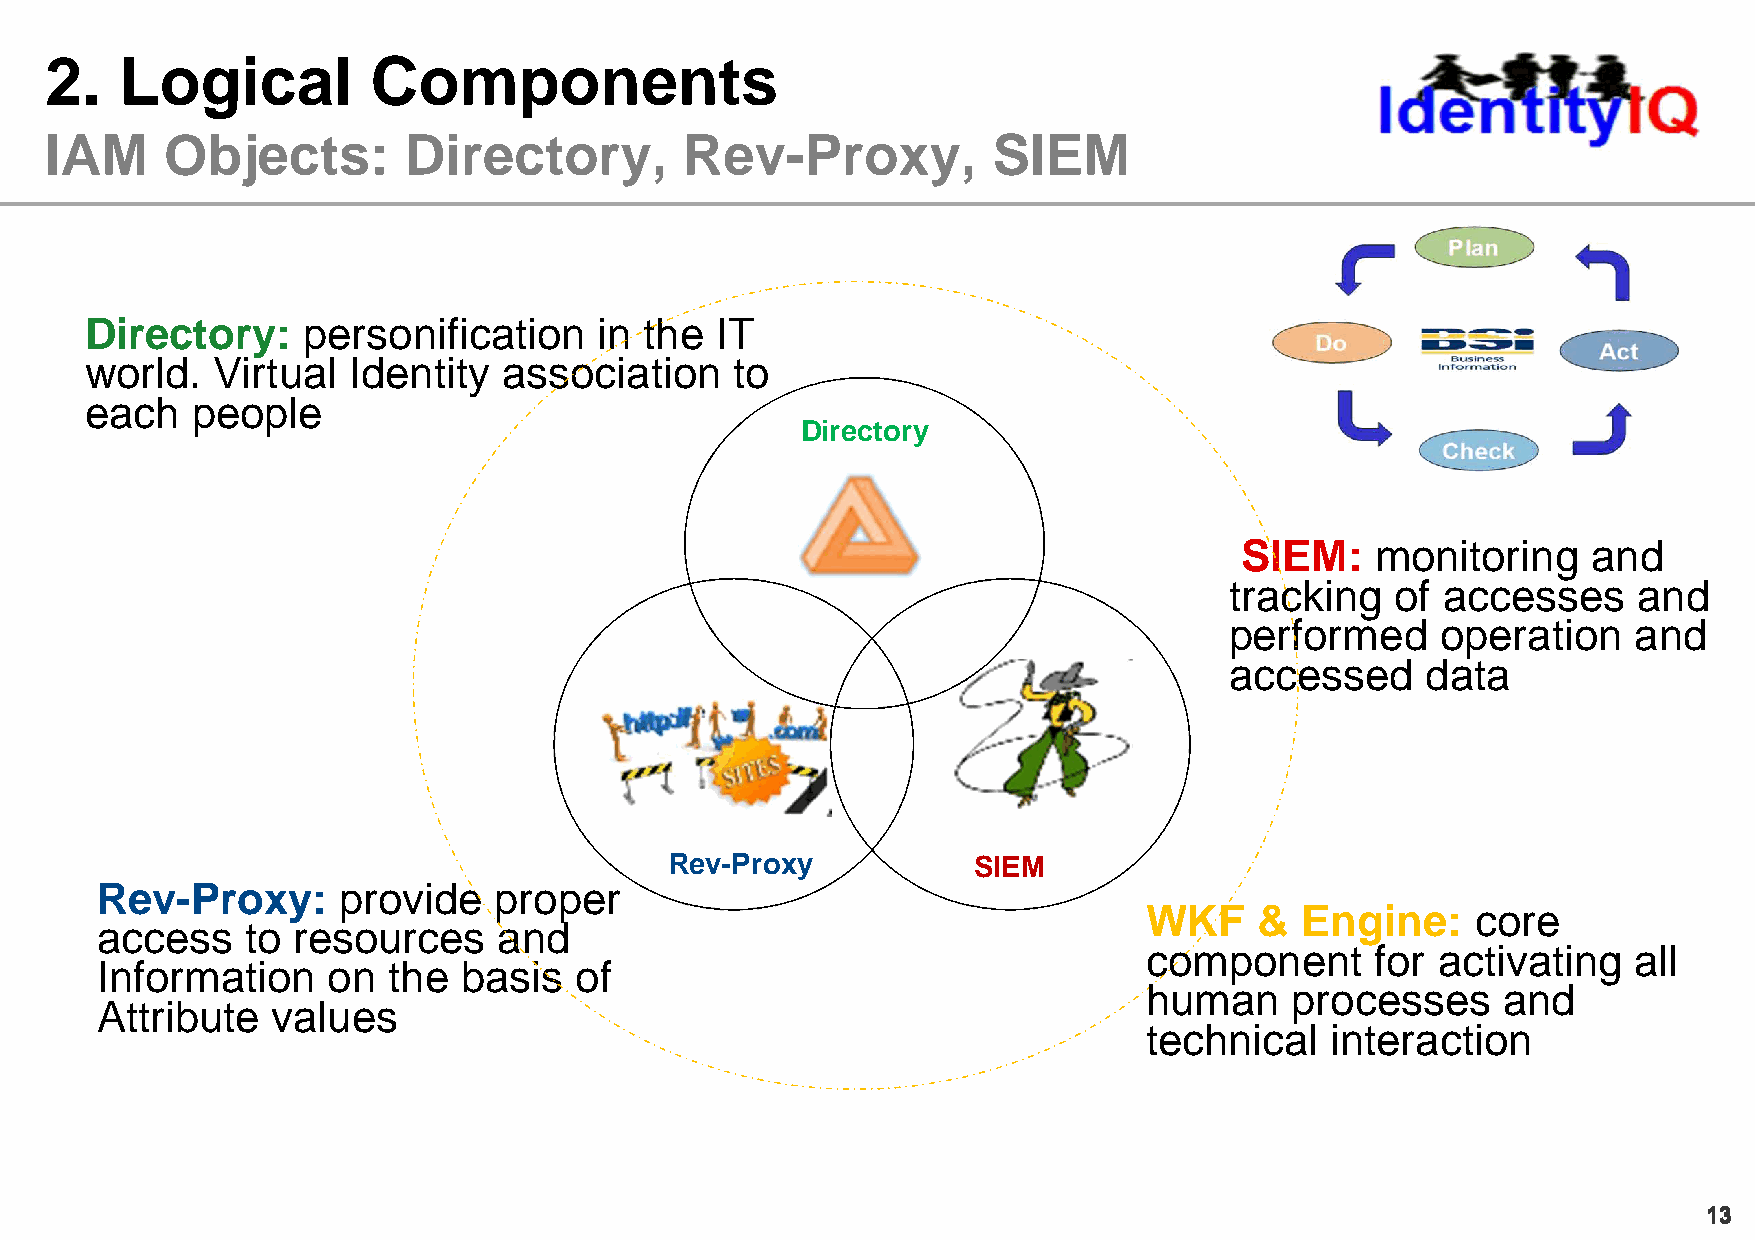
2.   Logical          Components
 IAM     Objects:        Directory,        Rev-Proxy,           SIEM
 Directory:    personification     in the IT
 world.  Virtual  Identity  association    to
 each   people
 Directory
 SIEM:    monitoring    and
 tracking   of accesses     and
 performed     operation    and
 accessed     data
 Rev-Proxy           SIEM
 Rev-Proxy:      provide    proper
 WKF    &  Engine:     core
 access    to resources     and
 component      for activating   all
 Information     on  the  basis  of
 human    processes     and
 Attribute   values
 technical   interaction
 1133